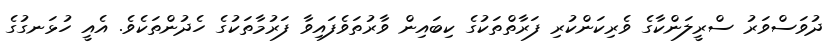
ދުވަސްވަރު ސްރީލަންކާގެ ވެރިކަންކުރި ފަރާތްތަކުގެ ކިބައިން ވާރުތަވެފައިވާ ފަރުމާތަކުގެ ހެދުންތަކެވެ. އެއީ ހުޅަނގުގެ